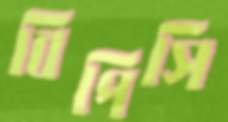
বিপিসি